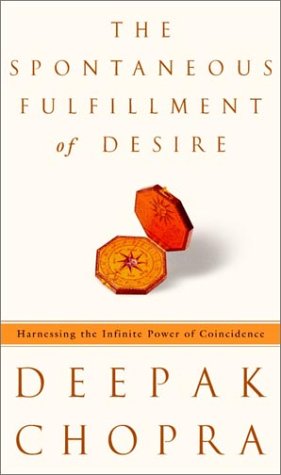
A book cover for The Spontaneous Fulfillment of Desire: Harnessing the Infinite Power of Coincidence; Deepak Chopra; Self-Help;